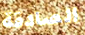
الصادقة